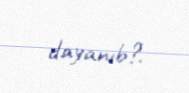
dayanıb?.